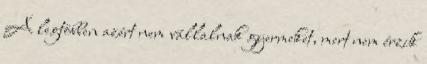
A legtöbben azért nem vállalnak gyermeket, mert nem érzik